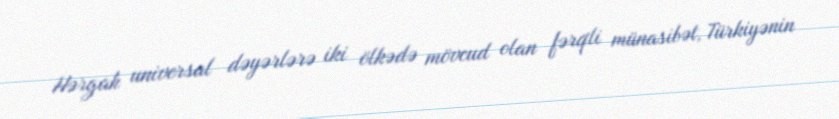
Hərgah universal dəyərlərə iki ölkədə mövcud olan fərqli münasibət, Türkiyənin